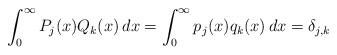
LaTeX: \begin{align*} \int_0^{\infty} P_j(x) Q_k(x) \, dx = \int_0^{\infty} p_j(x) q_k(x) \, dx = \delta_{j,k}\end{align*}